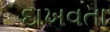
દાખવતા